Scientific memoirs by medical officers of the Army of India - Part VI,
Year: 1891
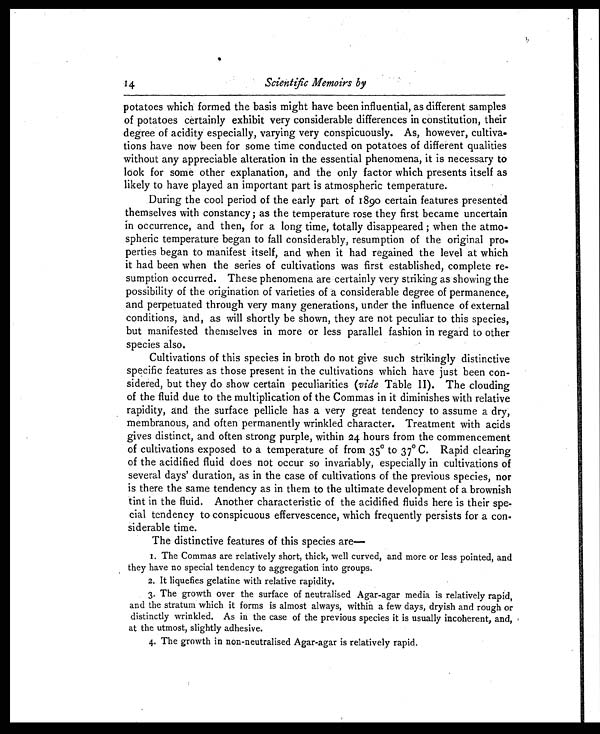
14
potatoes which formed the basis might have been influential, as different samples
of potatoes certainly exhibit very considerable differences in constitution, their
degree of acidity especially, varying very conspicuously. As, however, cultiva-
tions have now been for some time conducted on potatoes of different qualities
without any appreciable alteration in the essential phenomena, it is necessary to
look for some other explanation, and the only factor which presents itself as
l i k e l y t o h a v e p l a y e d a n i mp o r t a n t p a r t i s a t mo s p h e r i c t e mp e r a t u r e .
During the cool period of the early part of 1890 certain features presented
themselves with constancy; as the temperature rose they first became uncertain
in occurrence, and then, for a long time, totally disappeared; when the atmo-
- spheric temperature began to fall considerably, resumption of the original pro
- p e r t i e s b e g a n t o m a n i f e s t i t s e l f , a n d w h e n i t h a d r e g a i n e d t h e l e v e l a t w h i c h
it had been when the series of cultivations was first established, complete re
- s u m p t i o n o c c u r r e d . T h e s e p h e n o m e n a a r e c e r t a i n l y v e r y s t r i k i n g a s s h o w i n g t h e
possibility of the origination of varieties of a considerable degree of permanence,
and perpetuated through very many generations, under the influence of external
conditions, and, as will shortly be shown, they are not peculiar to this species,
but manifested themselves in more or less parallel fashion in regard to other
species also.
Cultivations of this species in broth do not give such strikingly distinctive
specific features as those present in the cultivations which have just been con
- s i d e r e d , b u t t h e y d o s h o w c e r t a i n p e c u l i a r i t i e s(
v i d e
T a b l e I I ) . T h e c l o u d i n g
of the fluid due to the multiplication of the Commas in it diminishes with relative
rapidity, and the surface pellicle has a very great tendency to assume a dry,
membranous, and often permanently wrinkled character. Treatment with acids
gives distinct, and often strong purple, within 24 hours from the commencement
of cultivations exposed to a temperature of from 35° to 37° C. Rapid clearing
of the acidified fluid does not occur so invariably, especially in cultivations of
several days' duration, as in the case of cultivations of the previous species, nor
is there the same tendency as in them to the ultimate development of a brownish
tint in the fluid. Another characteristic of the acidified fluids here is their spe
-
cial tendency to conspicuous effervescence, which frequently persists for a con-
siderable time.
The distinctive features of this species
a r e -
1.
T h e
C o m m a s a r e r e l a t i v e l y s h o r t , t h i c k , w e l l c u r v e d , a n d m o r e o r l e s s p o i n t e d , a n d
they have no special tendency to aggregation into groups.
2. It liquefies gelatine with relative rapidity.
3. The growth over the surface of neutralised Agar-agar media is relatively rapid,
and the stratum which it forms is almost always, within a few days, dryish and rough or
distinctly wrinkled. As in the case of the previous species it is usually incoherent, and,
at the utmost, slightly adhesive.
4. The growth in non-neutralised Agar-agar is relatively rapid.